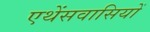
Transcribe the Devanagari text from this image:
एथेंसवासियों